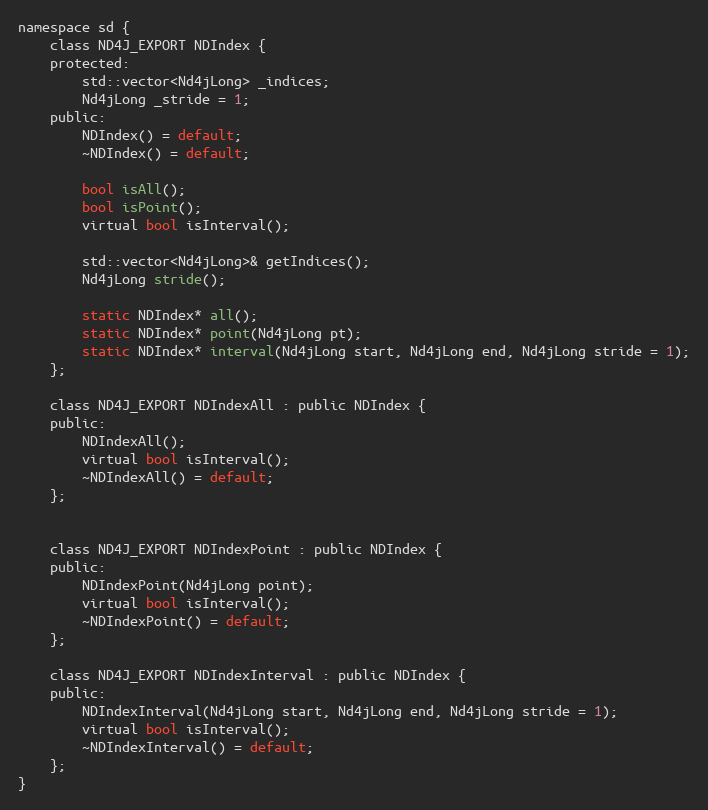
Language: C
namespace sd {
    class ND4J_EXPORT NDIndex {
    protected:
        std::vector<Nd4jLong> _indices;
        Nd4jLong _stride = 1;
    public:
        NDIndex() = default;
        ~NDIndex() = default;

        bool isAll();
        bool isPoint();
        virtual bool isInterval();

        std::vector<Nd4jLong>& getIndices();
        Nd4jLong stride();

        static NDIndex* all();
        static NDIndex* point(Nd4jLong pt);
        static NDIndex* interval(Nd4jLong start, Nd4jLong end, Nd4jLong stride = 1);
    };

    class ND4J_EXPORT NDIndexAll : public NDIndex {
    public:
        NDIndexAll();
        virtual bool isInterval();
        ~NDIndexAll() = default;
    };

    class ND4J_EXPORT NDIndexPoint : public NDIndex {
    public:
        NDIndexPoint(Nd4jLong point);
        virtual bool isInterval();
        ~NDIndexPoint() = default;
    };

    class ND4J_EXPORT NDIndexInterval : public NDIndex {
    public:
        NDIndexInterval(Nd4jLong start, Nd4jLong end, Nd4jLong stride = 1);
        virtual bool isInterval();
        ~NDIndexInterval() = default;
    };
}